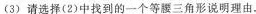
(3)请选择(2)中找到的一个等腰三角形说明理由。